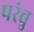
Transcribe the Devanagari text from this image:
परंचु